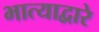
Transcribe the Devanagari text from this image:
भात्याद्वारे